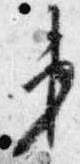
第